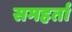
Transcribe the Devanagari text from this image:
समहर्ता